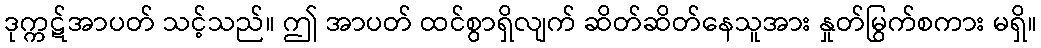
ဒုက္ကဋ်အာပတ် သင့်သည်။ ဤ အာပတ် ထင်စွာရှိလျက် ဆိတ်ဆိတ်နေသူအား နှုတ်မြွက်စကား မရှိ။